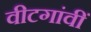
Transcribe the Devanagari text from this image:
वीटगांवीं